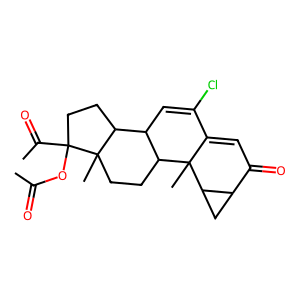
SMILES: CC(=O)OC1(C(C)=O)CCC2C3C=C(Cl)C4=CC(=O)C5CC5C4(C)C3CCC21C
Inhibits HIV replication: No